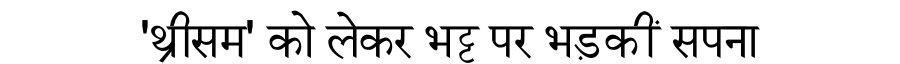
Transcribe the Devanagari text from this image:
'थ्रीसम' को लेकर भट्ट पर भड़कीं सपना